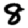
Digit: 8